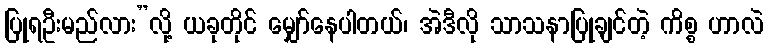
ပြုရဦးမည်လား”လို့ ယခုတိုင် မျှော်နေပါတယ်၊ အဲဒီလို သာသနာပြုချင်တဲ့ ကိစ္စ ဟာလဲ